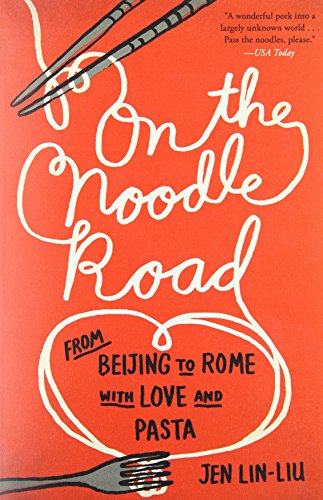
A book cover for On the Noodle Road: From Beijing to Rome, with Love and Pasta; Jen Lin-Liu; Cookbooks, Food & Wine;